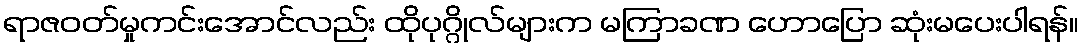
ရာဇဝတ်မှုကင်းအောင်လည်း ထိုပုဂ္ဂိုလ်များက မကြာခဏ ဟောပြော ဆုံးမပေးပါရန်။